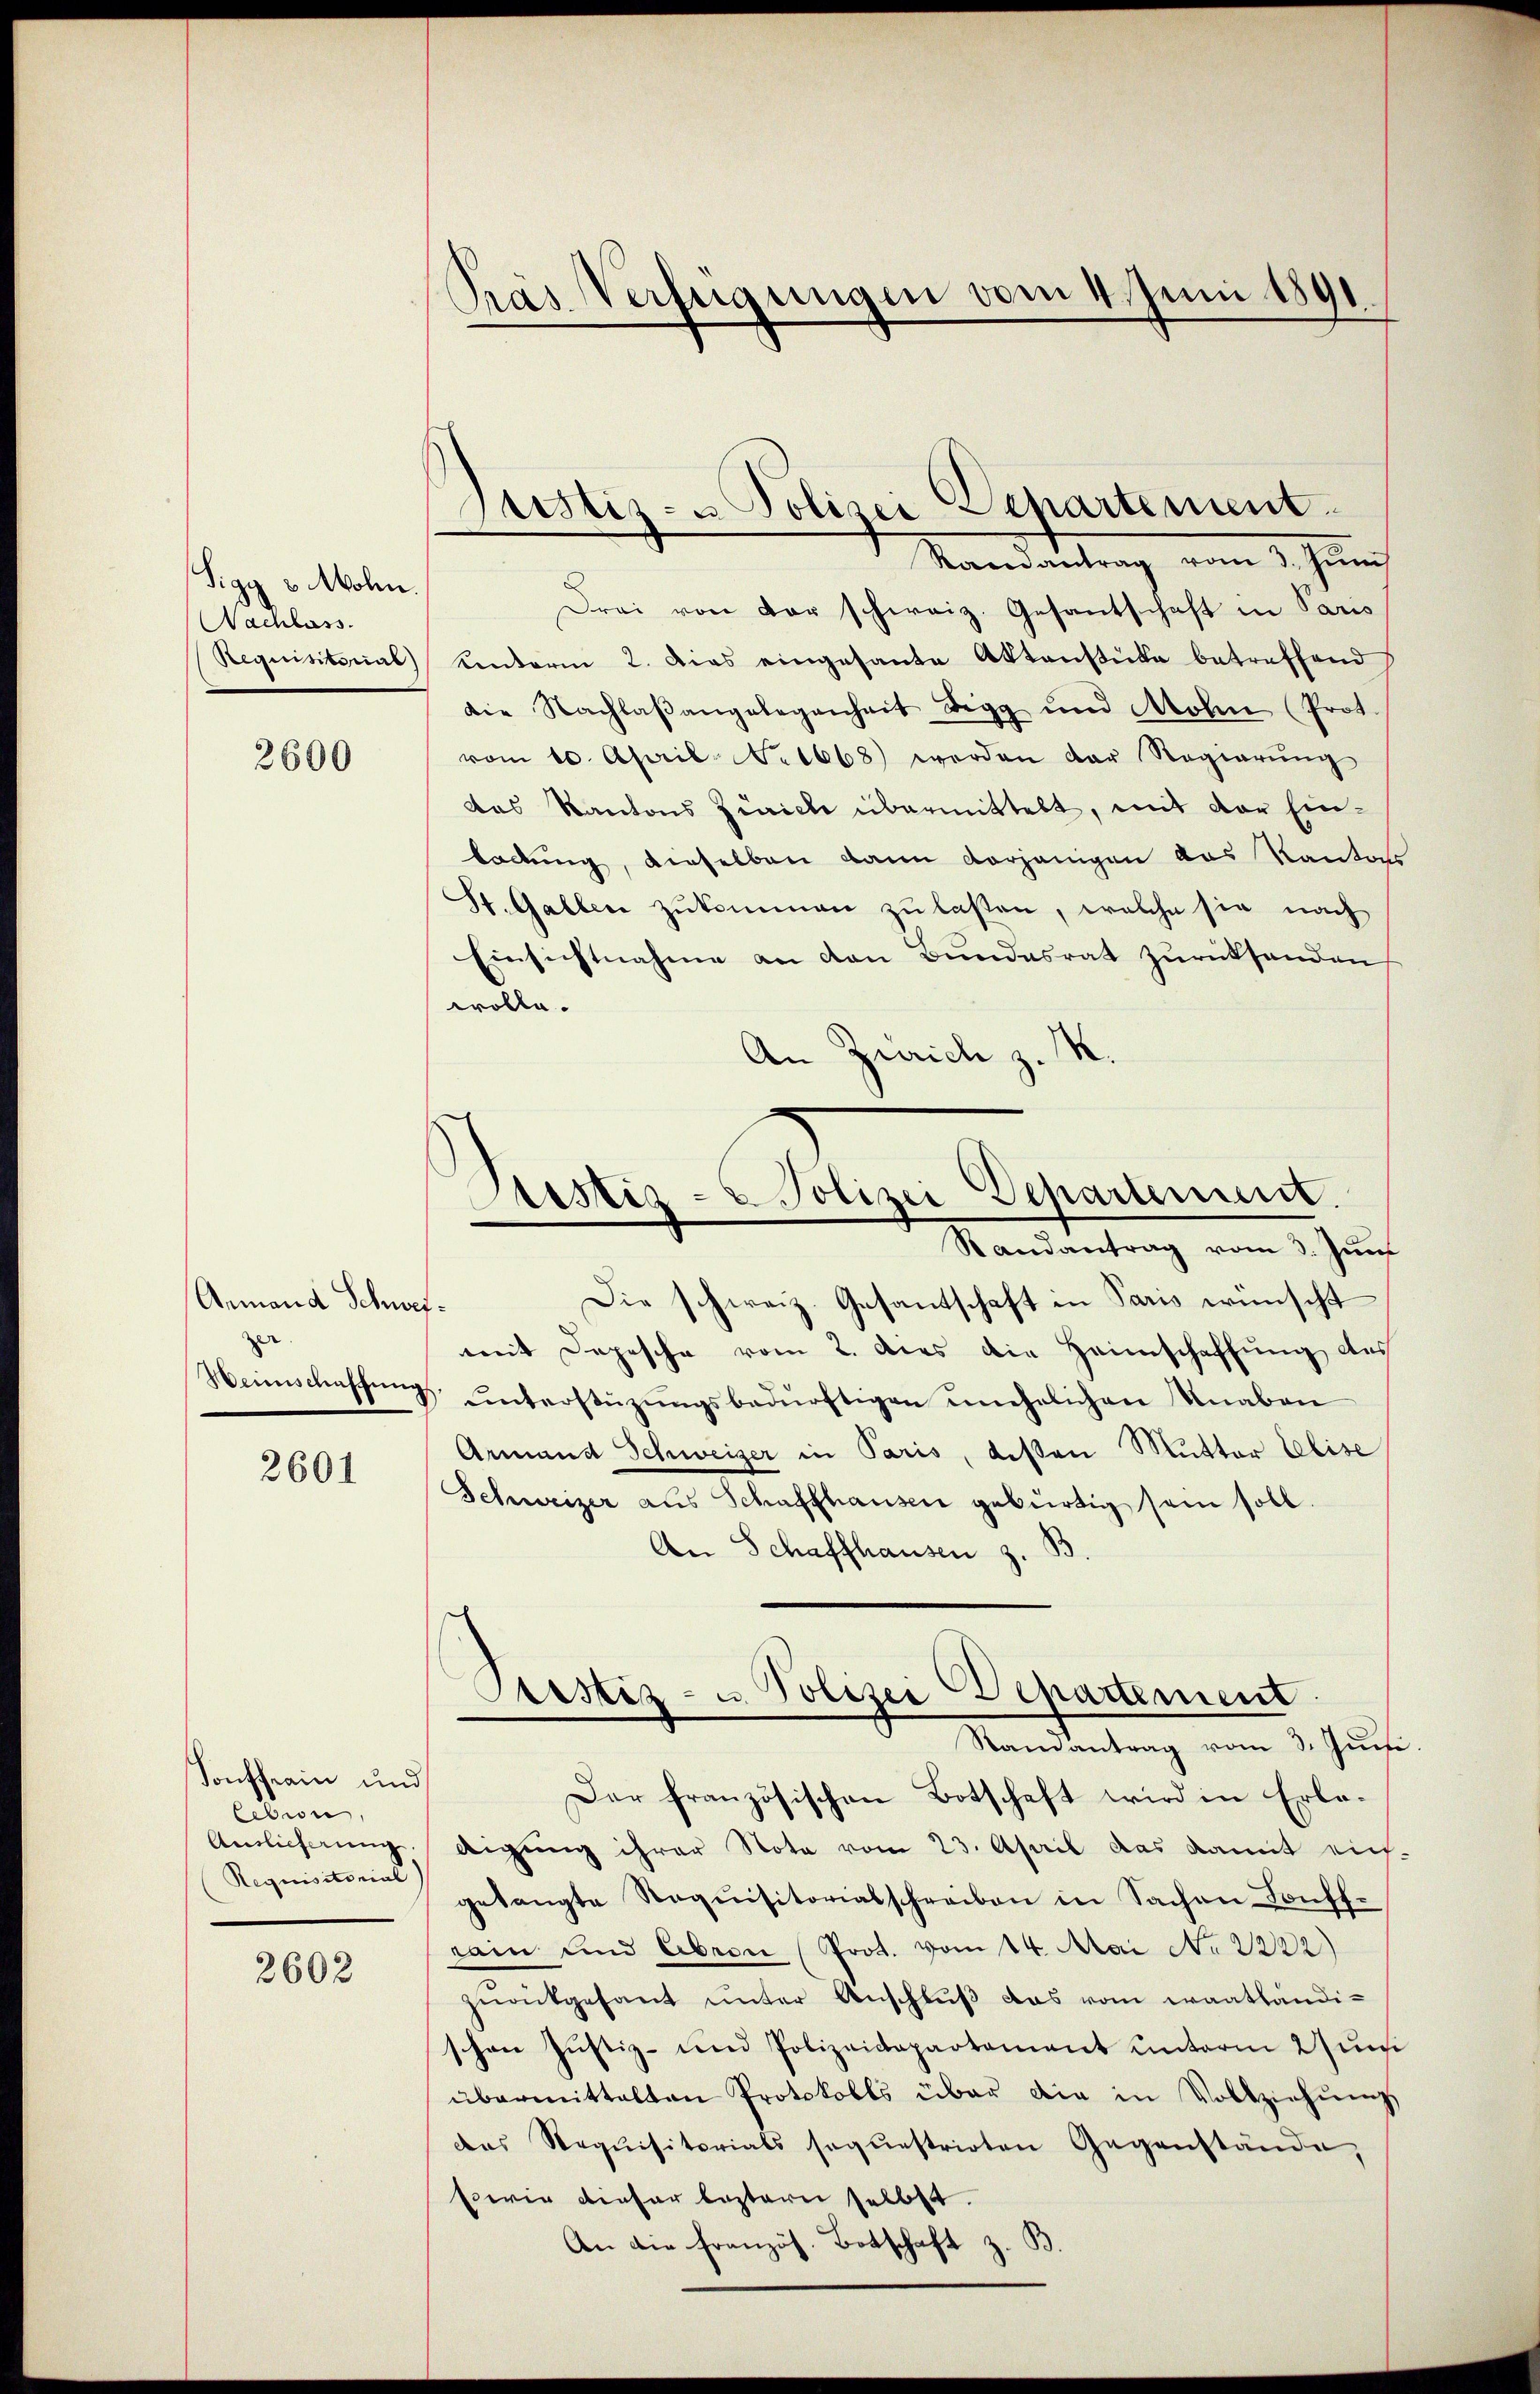
Sigg v. Mohn.
Nachlass
Requisitorial)

2600

Armand Schwe
s
Weinschaffung

2601

Sonffrain und
lebin
Anslicherung,
Requisitorial

2603

Präs. Verfügungen vom 4. Juni 1891.

Justiz- u Polizei Departement.
Randantrag vom 3. Juni

Drai von der schweiz. Gesantschaft in Paris
Kenterm 2. Dies eingesante Aktenstücke betreffend
die Nachlaβangelegenheit Digg und Mohn (Prot.
vom 10. April 1668) werden der Regierŭng
das Kantons Zürich übermittelt, mit der Einladung, dieselben dann vorjenigen das Kantons
St. Gallen zukommen zu laßen, welche sie nach
Einsichtnahme an den Bundesrat zurücksenden
wolle.
An Zürich z. M.

Bestiz- & Polizei Departement.
Randantrag vom 3. Jun

Geistiz- u. Polizei Departement
Samantrag vom 3. Juni

Die schweiz. Gesantschaft in Paris wünscht
2
mit Depesche vom 2. dies die Heimschaffŭng des
ŭnterstüzungsbedürftigen unehelichen Knaben
Armand Schweizer in Paris, deßen Mutter Elise
Schweizer aus Schaffhausen gebürtig sein soll.
An Schaffhausen z. B.
Der französischen Botschaft wird in Erledigung ihrer Note vom 23. April das damit ein-
gelangte Requisitorialschreiben in Sachen Dorff-
Lain und Abron (Prot. vom 14. Mai No 2222)
zŭrückgesant unter Anschluß das vom waathändischon Justiz- und Polizeidepartement unterm 27 un
übermittalten Protokolls über die in Vollziehŭng
das Requisitorials sequestrirten Gegenstände,
Ewie dieser leztern selbst.
An die Französ. Botschaft z